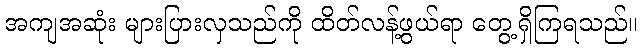
အကျအဆုံး များပြားလှသည်ကို ထိတ်လန့်ဖွယ်ရာ တွေ့ရှိကြရသည်။